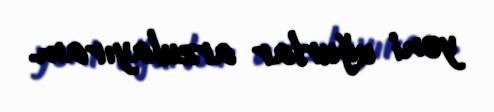
yeni uğurlar arzulayıram.